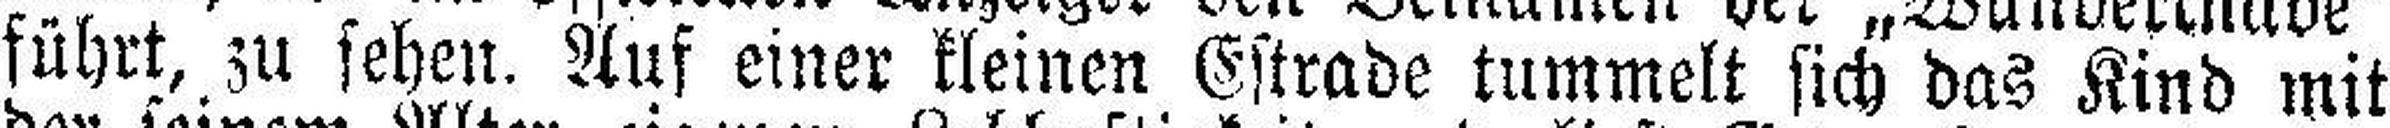
führt, zu sehen. Auf einer kleinen Estrade tummelt sich das Kind mit